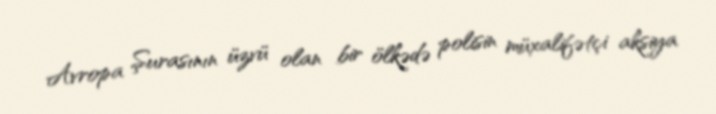
Avropa Şurasının üzvü olan bir ölkədə polisin müxalifətçi aksiya